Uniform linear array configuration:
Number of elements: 48
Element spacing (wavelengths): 0.75
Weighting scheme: uniform
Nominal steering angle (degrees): -30
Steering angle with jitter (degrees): -29.612
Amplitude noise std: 0.05
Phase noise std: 0.05

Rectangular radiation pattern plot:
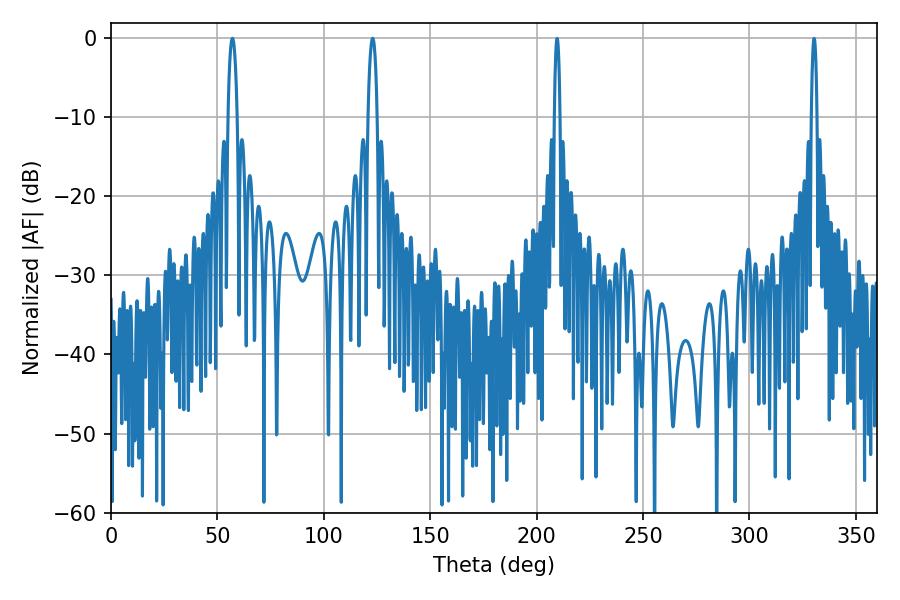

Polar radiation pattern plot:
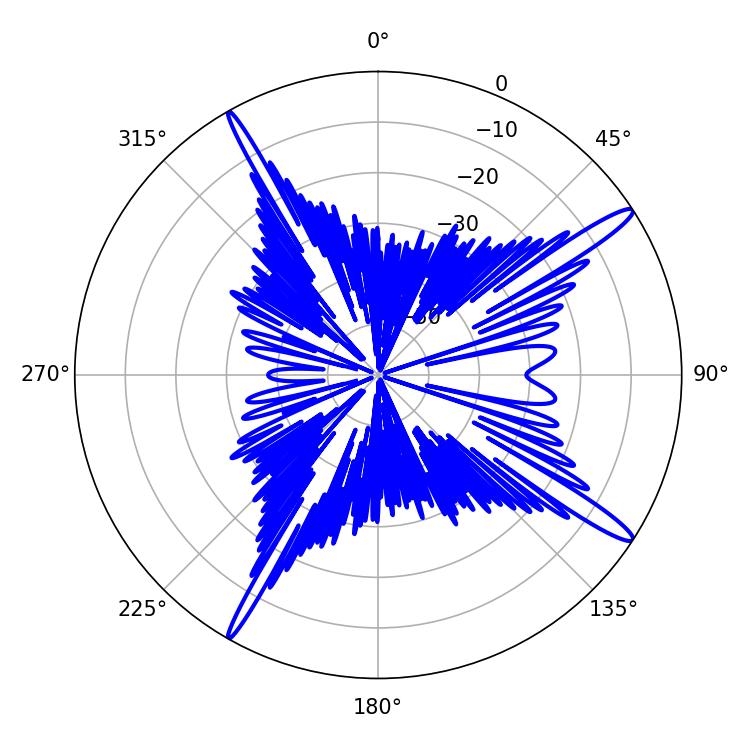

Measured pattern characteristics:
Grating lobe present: TRUE
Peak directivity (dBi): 15.681
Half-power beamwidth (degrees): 2.52
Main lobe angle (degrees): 57.06